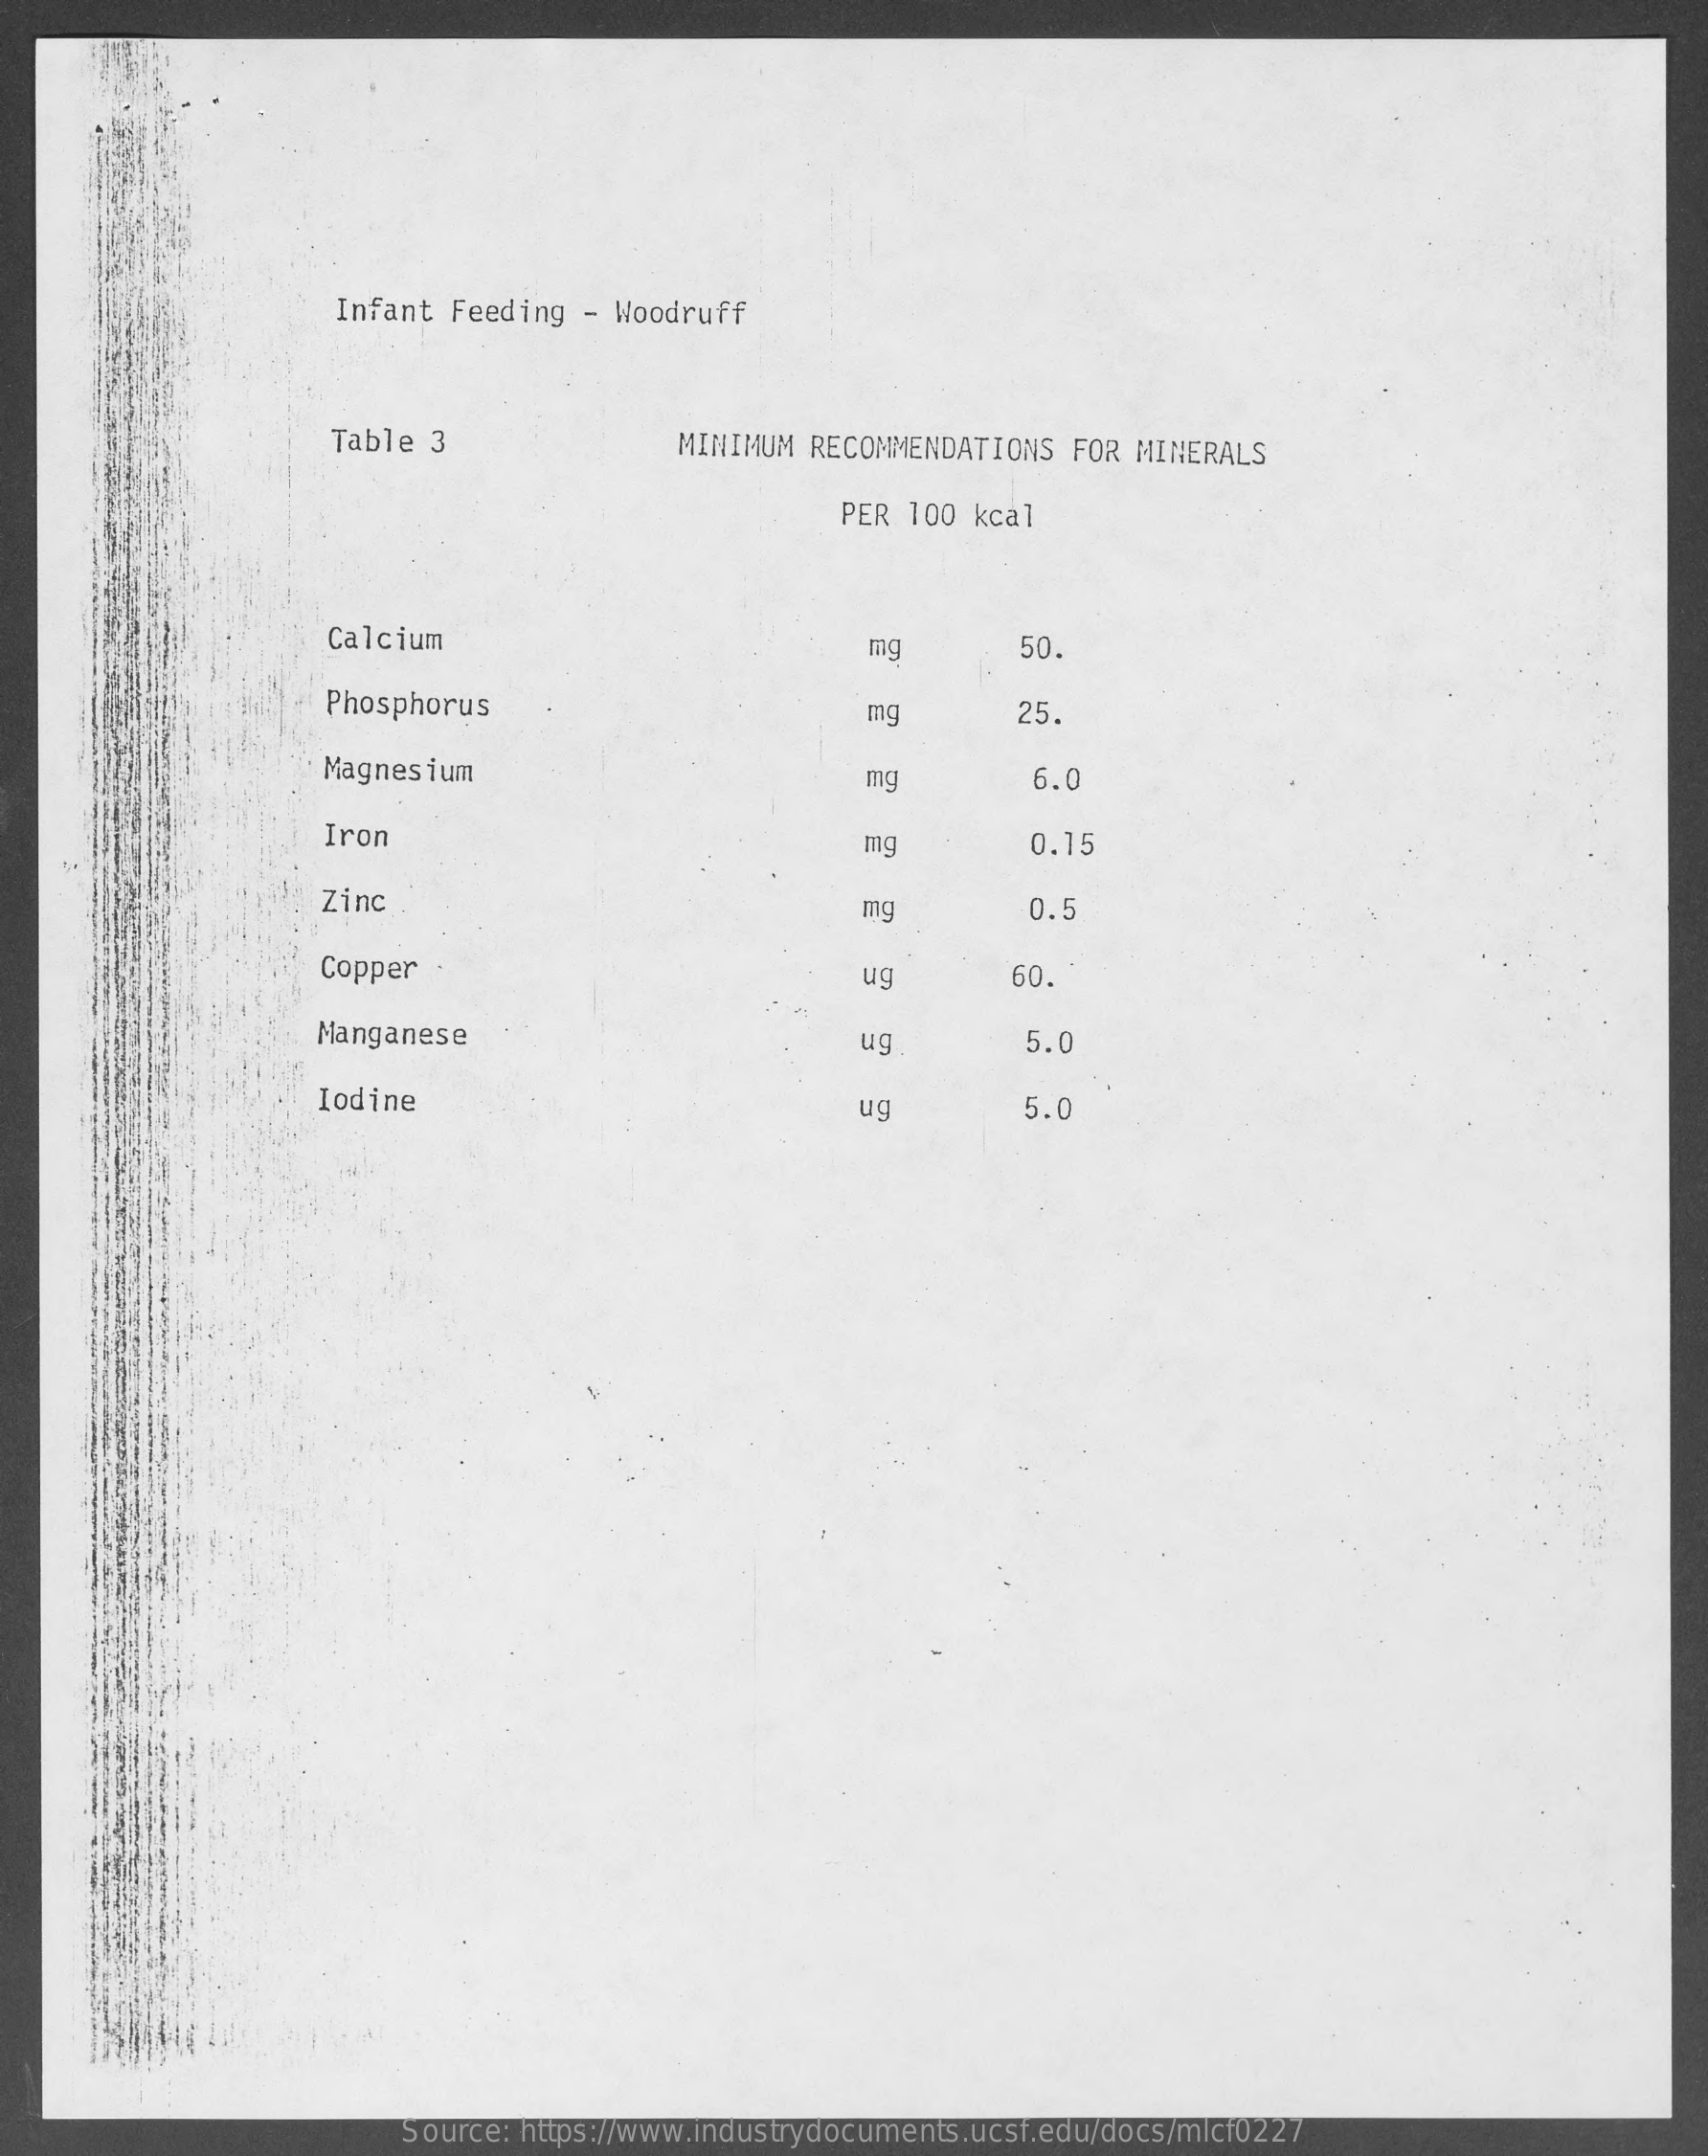
Infant Feeding  - Woodruff
     Table 3    MINIMUM  RECOMMENDATIONS  FOR MINERALS
     PER 100  kcal
     Calcium    mg    50.
     Phosphorus    mg    25.
     Magnesium    mg    6.0
     Iron    mg    0.15
     Zinc    mg    0.5
     Copper    ug    60.
     Manganese    ug    5.0
     Iodine    ug    5.0
     Source: https://www.industrydocuments.ucsf.edu/docs/mlcf0227